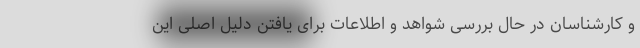
و کارشناسان در حال بررسی شواهد و اطلاعات برای یافتن دلیل اصلی این